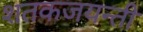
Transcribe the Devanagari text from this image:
शतकजयन्ती